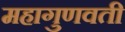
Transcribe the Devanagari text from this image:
महागुणवती